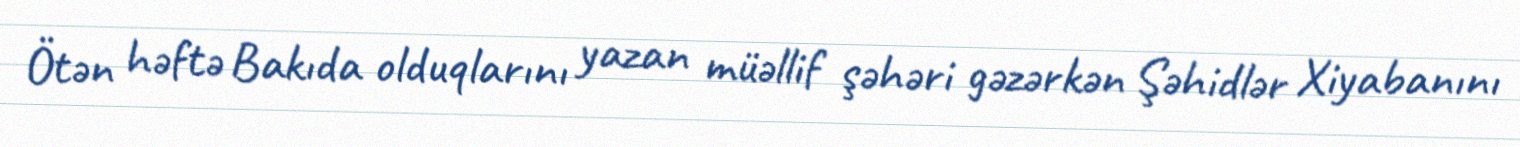
Ötən həftə Bakıda olduqlarını yazan müəllif şəhəri gəzərkən Şəhidlər Xiyabanını